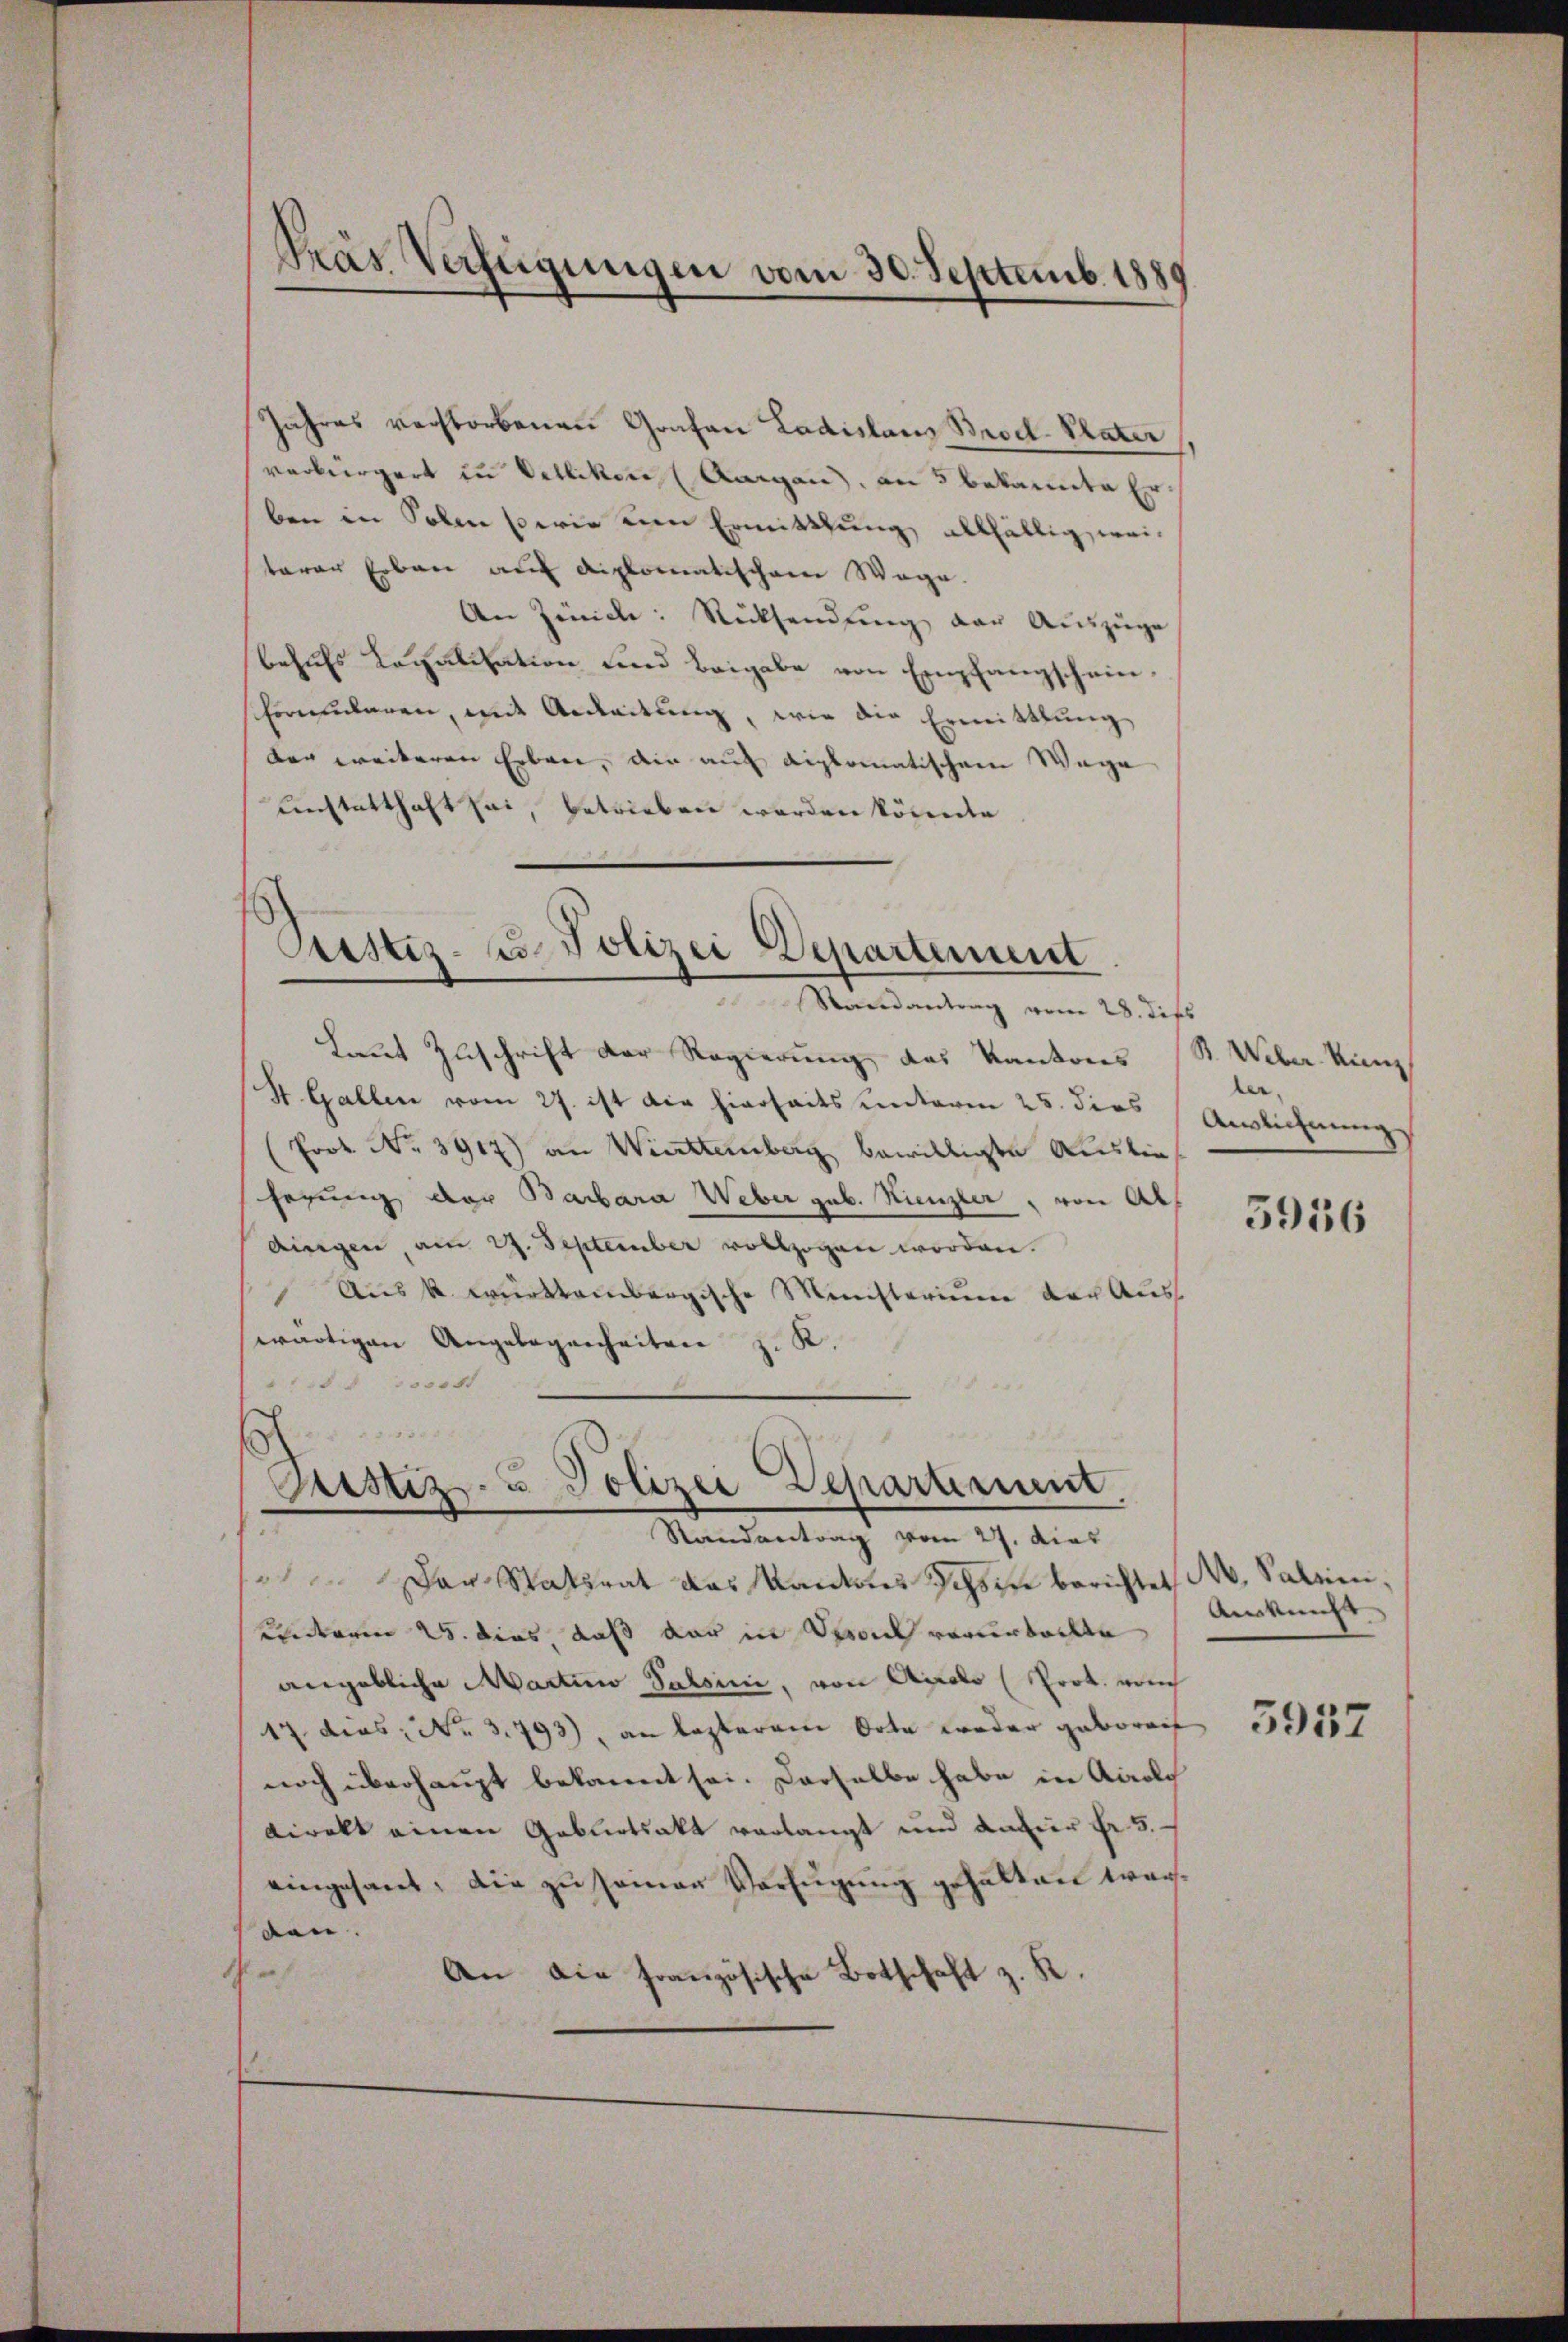
Pras Verfügungen vom 30. Septemb. 1889

Jahres verstorbenen Grafen Ladislaus Brod. Plater
verbürgert zu Bellikon (Aargau, an 5 bekannte Er
ben in Solle sowie um Ermittlung allfällig, wei
taren Erben auf diplomatischem Wege.
An Zind: Rücksendung vor Auszüge
behufs Localisation und Beigabe von Empfangscheinshornsularen, mit Andratung, wie die Ermittlung
der weiteren Erben, die auf diplomatischem Wege
unstatthaft sei, betrieben werden könnte

Justiz- u. Polizei Departement
Randantrag vom 28. dies

Laut Zuschrift der Regierung des Kantons (S. Weber Kin
St. Gallen vom 27. ist die hierseits unterm 23. dies Auslichnung
Prot. No. 3917) an Wirttemberg bewilligte Auslieherung der Barbara Weber geb. Krenzler, von Aldingen, am 27. September vollzogen worden.
Aus k. württembergische Ministerium der Ausswärtigen Angelegenheiten z. K.
500 f

Justiz- u Polizei Departement,
Randantrag vom 27. dies

Der Statsrat das Kanton Ichsen berichtet M. Salini,
Kinderren 25. dies daß der in Devon verurteilte
angebliche Martin Sabsini, von Airolo (Prot. vom
17 dies: No 3793), an lezterem Orte weder geboreif
noch überhaupt bekannt sei. Derselbe habe in Airolo
direkt einen Geburtsakt verlangt und dafür Fr. 5.
eingesant, die zu samen Verfügung gehalten werden.
An die französische Botschaft z. R.

ler.

5956

Auskunft

5937